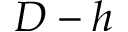
D - h